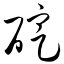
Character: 碇